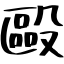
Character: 毆